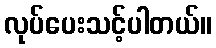
လုပ်ပေးသင့်ပါတယ်။